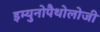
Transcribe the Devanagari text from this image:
इम्युनोपैथोलोजी